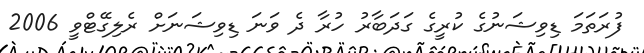
ފުރަތަމަ ޑިވިޝަނުގެ ކުރީގެ ގަދަބާރު ހުރާ ދެ ވަނަ ޑިވިޝަނަށް ރެލިގޭޓްވީ 2006